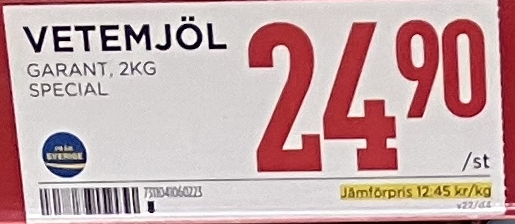
Vara: Vetemjöl
Genomsnittspris: 12.45 per kg